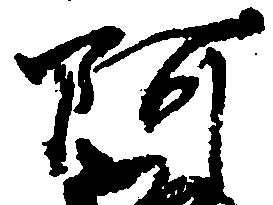
阿